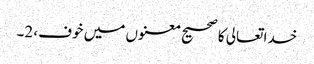
خدا تعالی کا صحیح معنوں میں خوف، 2۔